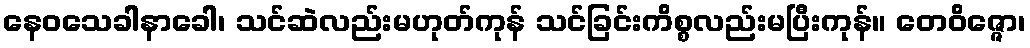
နေဝသေခါနာခေါ၊ သင်ဆဲလည်းမဟုတ်ကုန် သင်ခြင်းကိစ္စလည်းမပြီးကုန်။ တေဝိဇ္ဇော၊